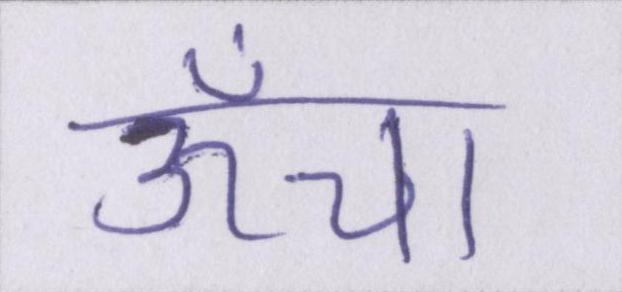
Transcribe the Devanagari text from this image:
ऊँचा